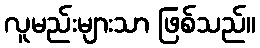
လူမည်းများသာ ဖြစ်သည်။